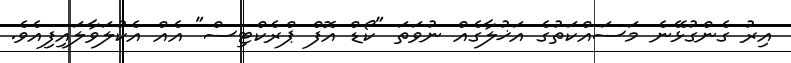
އިރު ގެންގުޅޭނެ މަސައްކަތުގެ އަޚުލާގެއް ނުވަތަ "ކޯޑް އޮފް ޕްރެކްޓިސް" އެއް އެކުލަވާލައިފިއެވެ.